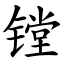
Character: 镗